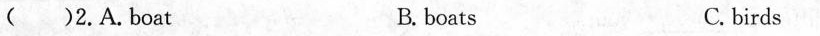
（）2.A.Boat B. boats C. birds